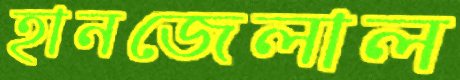
হানজেলাল